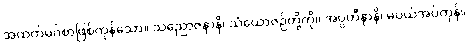
အထက်မဂ်စာဖြစ်ကုန်သော။ သညောဇနာနိ၊ သံယောဇဉ်တို့ကို။ အပ္ပဟီနာနိ၊ မပယ်အပ်ကုန်။